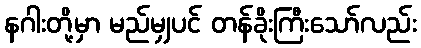
နဂါးတို့မှာ မည်မျှပင် တန်ခိုးကြီးသော်လည်း